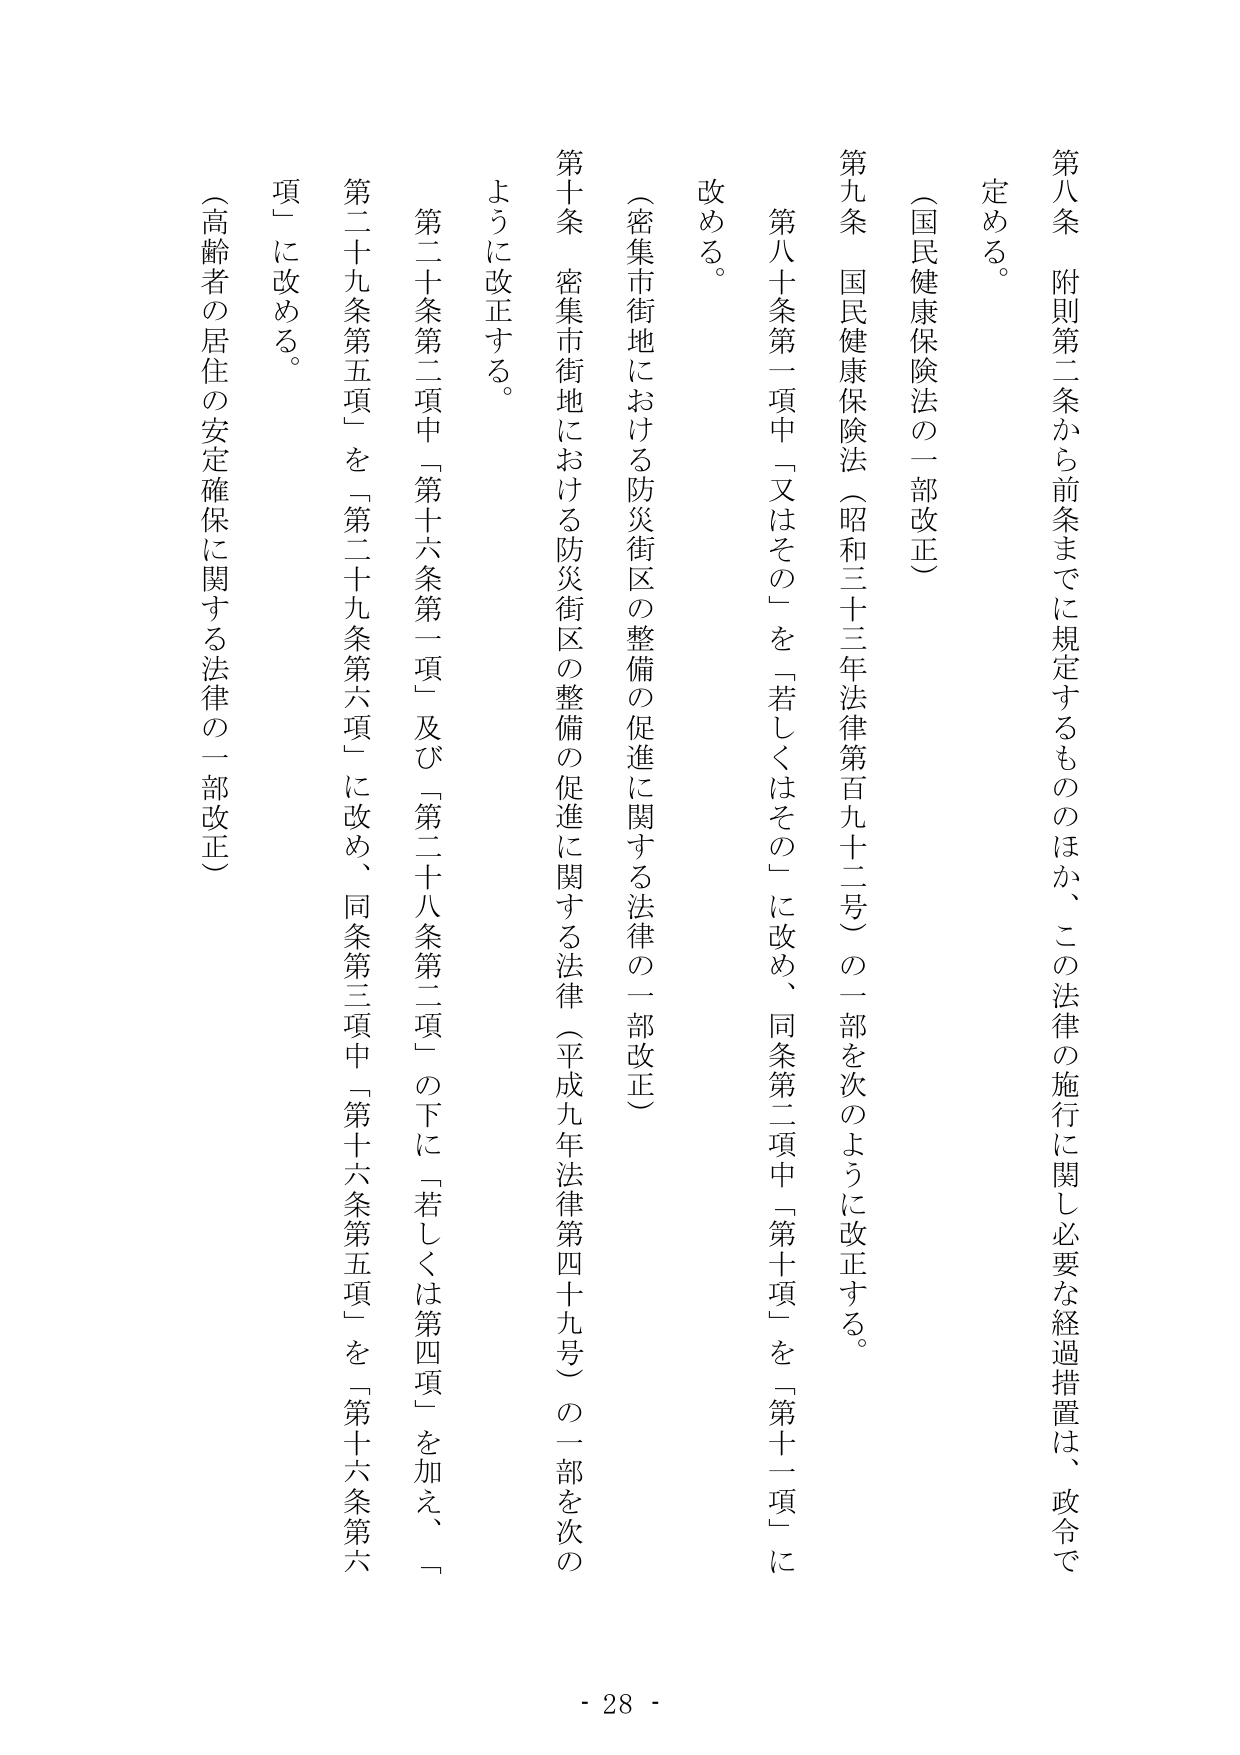
第八条 附則第二条から前条までに規定するもののほか、この法律の施行に関し必要な経過措置は、政令で定める。

（国民健康保険法の一部改正）

第九条 国民健康保険法（昭和三十三年法律第百九十二号）の一部を次のように改正する。
　第八十条第一項中「又はその」を「若しくはその」に改め、同条第二項中「第十項」を「第十一項」に改める。

（密集市街地における防災街区の整備の促進に関する法律の一部改正）

第十条 密集市街地における防災街区の整備の促進に関する法律（平成九年法律第四十九号）の一部を次のように改正する。
　第二十条第二項中「第十六条第一項」及び「第二十八条第二項」の下に「若しくは第四項」を加え、「第二十九条第五項」を「第二十九条第六項」に改め、同条第三項中「第十六条第五項」を「第十六条第六項」に改める。

（高齢者の居住の安定確保に関する法律の一部改正）

- 28 -